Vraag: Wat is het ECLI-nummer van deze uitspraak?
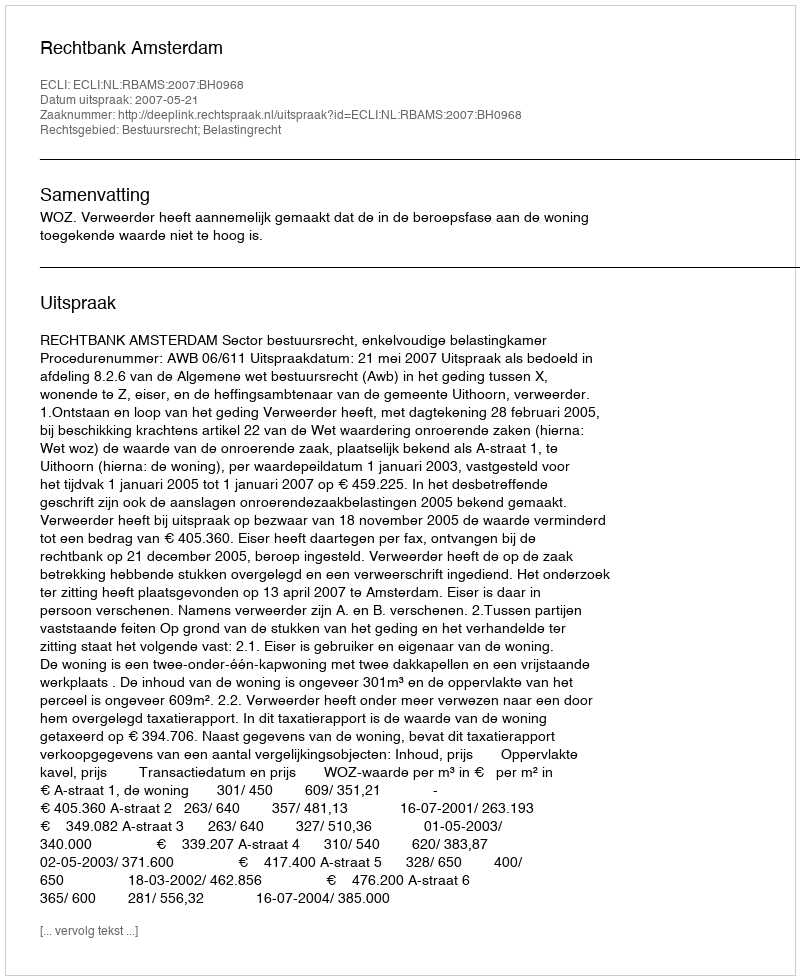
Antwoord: ECLI:NL:RBAMS:2007:BH0968